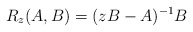
\begin{align*}R_z(A, B) = (zB-A)^{-1}B\end{align*}